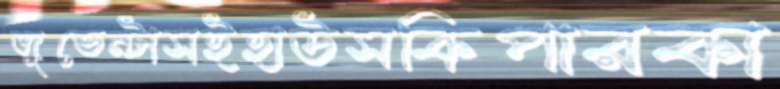
জুভেন্টাসইহাউসকিপারকা